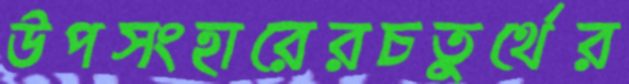
উপসংহারেরচতুর্থের